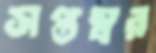
সপ্তস্বর